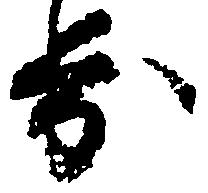
歩